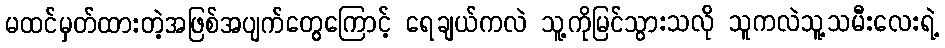
မထင်မှတ်ထားတဲ့အဖြစ်အပျက်တွေကြောင့် ရေချယ်ကလဲ သူ့ကိုမြင်သွားသလို သူကလဲသူ့သမီးလေးရဲ့